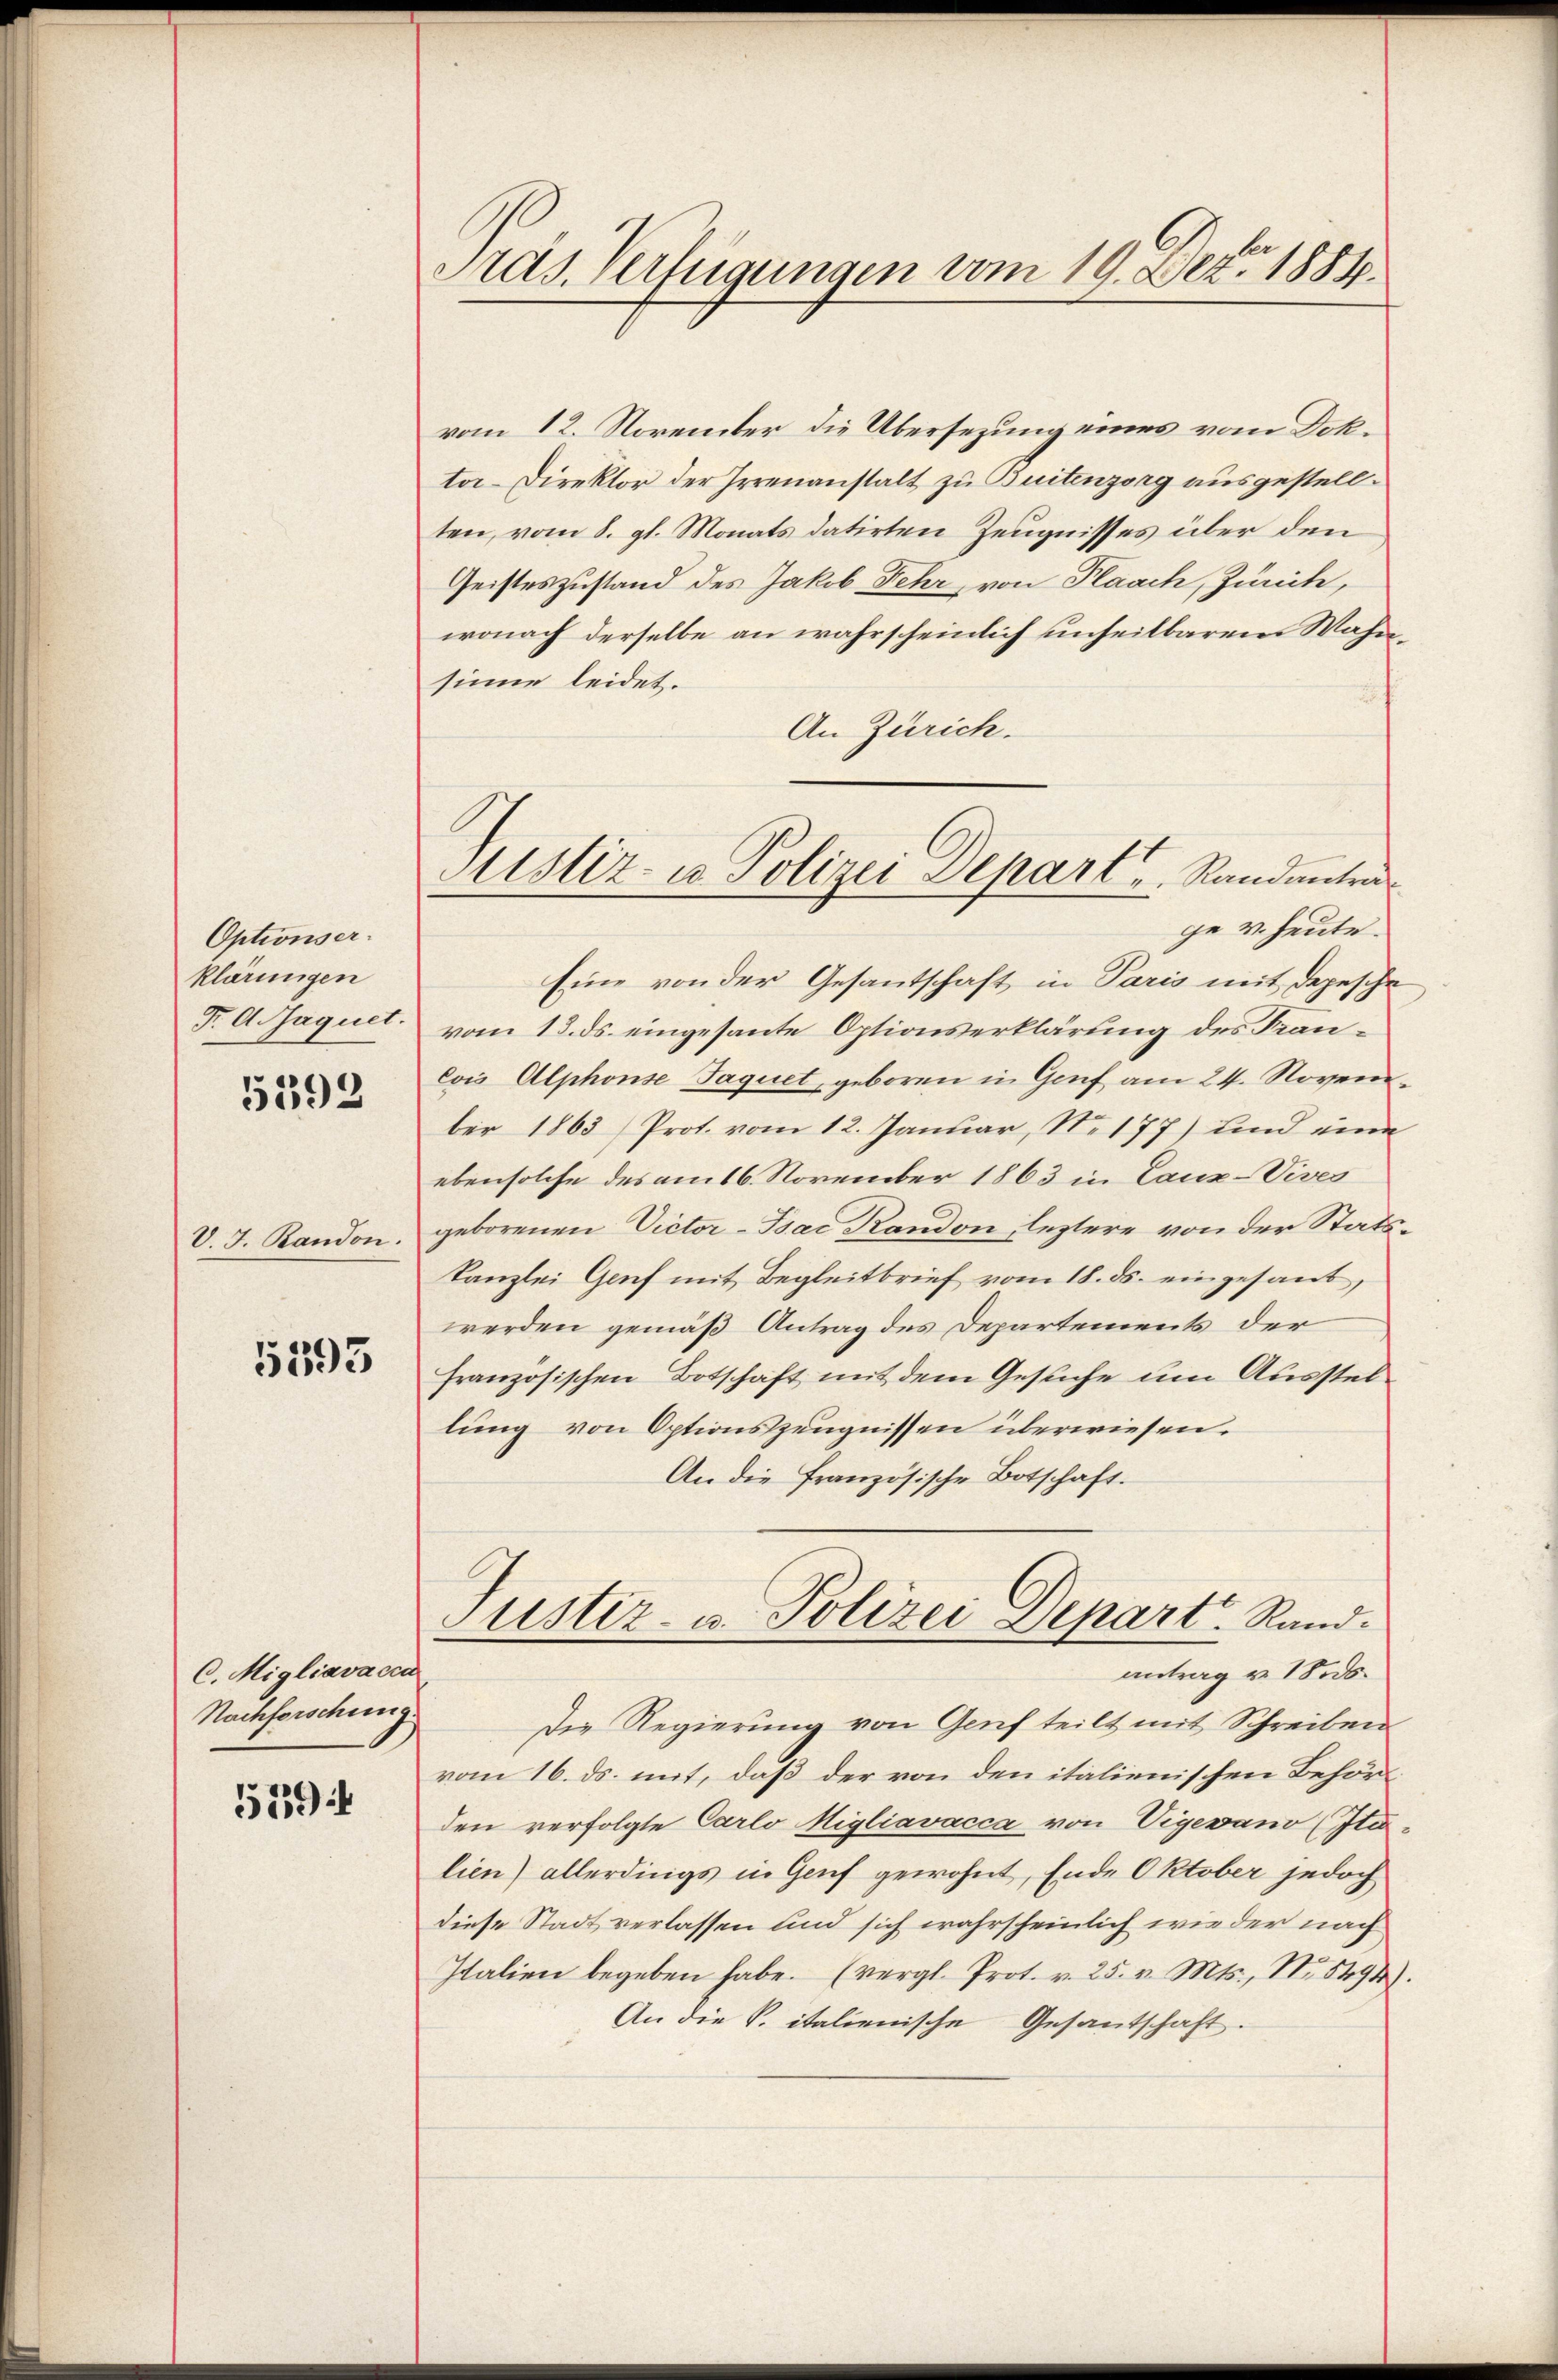
Optionser
klärungen
F. A. Jaquet.

5392

V. J. Randon.

5393

C. Migliavacen
Nachforschung.

559

Pras. Verfügungen vom 19. Dez. 1884

vom 12. November die Übersezung eines vom Dokto-Direktor der Irrenanstalt zu Buitenzorg ausgestellten, vom 8. gl. Monats datirten Zeugnisses über den
Geisteszustand des Jakob Fehr, von Plaach, Zuncte,
wonach derselbe an wahrscheinlich unheilbarem Wahnsinne leidet.
An Zürich.
Eine von der Gesantschaft in Paris mit depesche
vom 13. ds. eingesante Optionserklärung des Francois Alphonse Jaquet, geboren in Genf am 24. November 1863 Prot. vom 12. Januar, Nr. 177) und eine
ebensolche des am 16. November 1863 in Laux-Vives
geborenen Victor-Tsac Randon leztere von der Stats¬
Kanzlei Genf mit Begleitbrief vom 18. ds. eingesant,
werden gemäß Antrag des Departements der
französischen Botschaft mit dem Gesuche um Ausstellung von Optionszeugnissen überwiesen.
An die französische Botschaft.
Justiz- u. Polizei Depart. Randantrag v. 18. ds.
Die Regierung von Genf teilt mit Schreiben
vom 16. ds. mit, daß der von den italienischen Behörden verfolgte Carlo Migliavacca von Vigevano (Italien) allerdings in Genf gewohnt, Ende Oktober jedoch
diese Stadt verlassen und sich wahrscheinlich wie der nach
Italien begeben habe. (vergl. Prot. v. 25. v. Mts., Nr. 5494
An die K. italienische Gesantschaft.

Justiz- u Polizei Depart u. Randantra
ge v. heute.